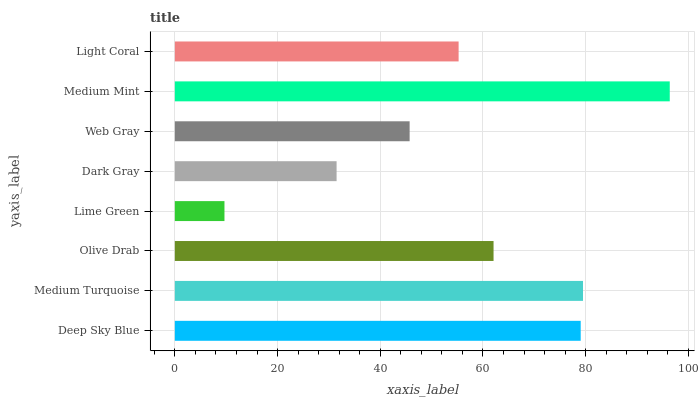
| yaxis_label | bars |
 | --- | --- |
 | Deep Sky Blue | 79 |
 | Medium Turquoise | 79.5 |
 | Olive Drab | 62.1 |
 | Lime Green | 9.67 |
 | Dark Gray | 31.5 |
 | Web Gray | 45.7 |
 | Medium Mint | 96.4 |
 | Light Coral | 55.3 |